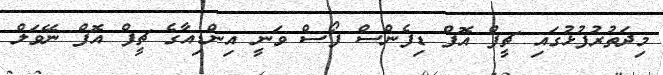
މިދަތުރުފުޅުގައި ޗީފް އޮފް ޑިފެންސް ފޯސް ވަނީ އިންޑިއާގެ ޗީފް އޮފް ނޭވަލް